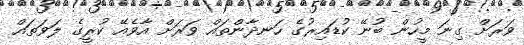
ވަރަށް ގިނަ މީހުން ބުނޭ ކުޑައިރުގެ ހަނދާންތައް ވަރަށް އާވެއޭ ކުރީގެ ލަވަތައް